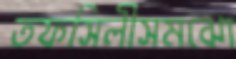
তফসিলীসমঝো